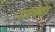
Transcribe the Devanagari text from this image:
८९व्या